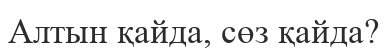
Алтын қайда, сөз қайда?